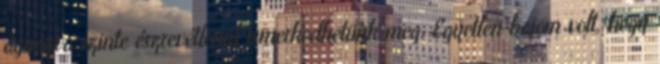
ágyazva szinte észrevétlenül ismerkedhetünk meg. Egyetlen bajom volt, hogy